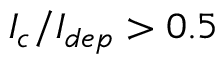
I _ { c } / I _ { d e p } > 0 . 5